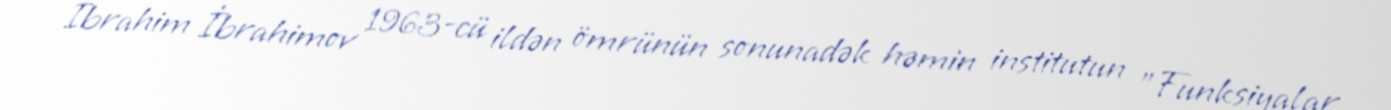
İbrahim İbrahimov 1963-cü ildən ömrünün sonunadək həmin institutun "Funksiyalar